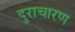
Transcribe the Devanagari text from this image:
दुराचारण